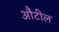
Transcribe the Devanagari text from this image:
औटील